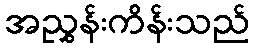
အညွှန်းကိန်းသည်